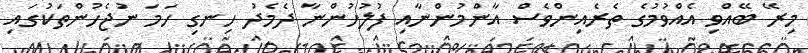
މިރޭ ބޭއްވި އެއްވުމުގެ ތެރެއިންވެސް އާންމުންނާއި ފުލުހުންނާ ދެމެދު ހިނގި ހަމަ ނުޖެހުންތަކުގައި